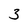
Character: 3